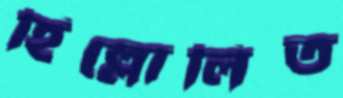
হিল্লোলিত